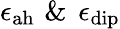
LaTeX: \epsilon_{\mathrm{ah}}\, \, \& \, \ \epsilon_{\mathrm{dip}}